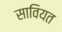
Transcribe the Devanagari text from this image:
सावियत